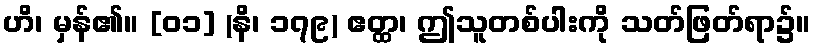
ဟိ၊ မှန်၏။ [၀၁] (နိ၊ ၁၇၉) ဧတ္ထ၊ ဤသူတစ်ပါးကို သတ်ဖြတ်ရာ၌။